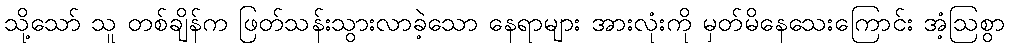
သို့သော် သူ တစ်ချိန်က ဖြတ်သန်းသွားလာခဲ့သော နေရာများ အားလုံးကို မှတ်မိနေသေးကြောင်း အံ့ဩစွာ